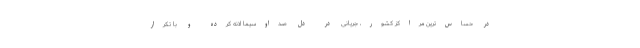
در حساس‌ترین مراکز کشور، جریانی در دل صداوسیما لانه کرده و با تکرار